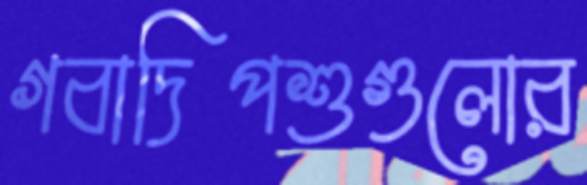
গবাদিপশুগুলোর